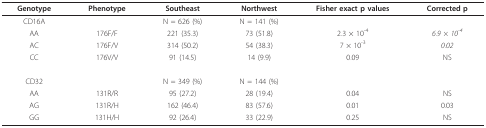
<table><thead><tr><td><b>Genotype</b></td><td><b>Phenotype</b></td><td><b>Southeast</b></td><td><b>Northwest</b></td><td><b>Fisher exact p values</b></td><td><b>Corrected p</b></td></tr></thead><tbody><tr><td>CD16A</td><td></td><td>N = 626 (%)</td><td>N = 141 (%)</td><td></td><td></td></tr><tr><td>AA</td><td>176F/F</td><td>221 (35.3)</td><td>73 (51.8)</td><td>2.3 × 10<sup>-4</sup></td><td><i>6.9 × 10</i><sup><i>-4</i></sup></td></tr><tr><td>AC</td><td>176F/V</td><td>314 (50.2)</td><td>54 (38.3)</td><td>7 × 10<sup>-3</sup></td><td><i>0.02</i></td></tr><tr><td>CC</td><td>176V/V</td><td>91 (14.5)</td><td>14 (9.9)</td><td>0.09</td><td>NS</td></tr><tr><td>CD32</td><td></td><td>N = 349 (%)</td><td>N = 144 (%)</td><td></td><td></td></tr><tr><td>AA</td><td>131R/R</td><td>95 (27.2)</td><td>28 (19.4)</td><td>0.04</td><td>NS</td></tr><tr><td>AG</td><td>131R/H</td><td>162 (46.4)</td><td>83 (57.6)</td><td>0.01</td><td>0.03</td></tr><tr><td>GG</td><td>131H/H</td><td>92 (26.4)</td><td>33 (22.9)</td><td>0.25</td><td>NS</td></tr></tbody></table>